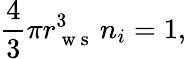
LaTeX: \frac{4}{3}\pi r_{\mathrm{~w~s~}}^{3}\, n_{i}=1,